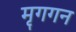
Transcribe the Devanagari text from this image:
मृगगन